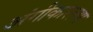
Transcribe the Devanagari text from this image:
अंगीकारल्या